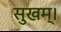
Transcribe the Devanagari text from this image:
सुखम्।